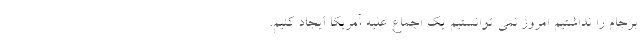
برجام را نداشتیم امروز نمی توانستیم یک اجماع علیه آمریکا ایجاد کنیم.